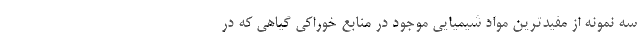
سه نمونه از مفیدترین مواد شیمیایی موجود در منابع خوراکی گیاهی که در